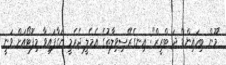
"މޫން ބިހައިންޑް ދަ ޓްރީޒް": އިނގެރޭސިވިލާތުގެ އެމެލީ ޖެރެމީ ނަގާފައިވާ މިފޮޓޯއަށް ވަނީ